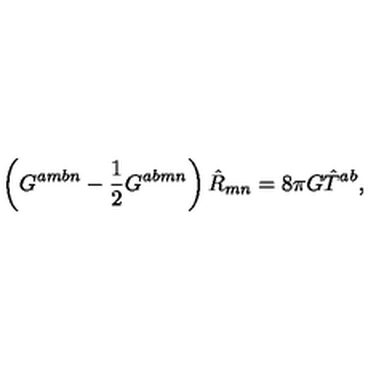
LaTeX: \left( G ^ { a m b n } - \frac { 1 } { 2 } G ^ { a b m n } \right) \hat { R } _ { m n } = 8 \pi G \hat { T } ^ { a b } ,